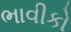
ભાવીકો